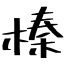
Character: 榛